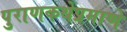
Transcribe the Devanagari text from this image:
पुराणकथेप्रमाणे